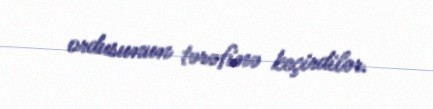
ordusunun tərəfinə keçirdilər.